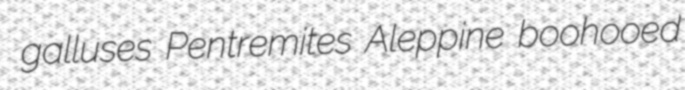
galluses Pentremites Aleppine boohooed